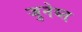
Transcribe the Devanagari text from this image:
जुनेय्त